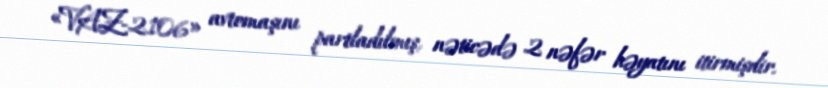
«VAZ-2106» avtomaşını partladılmış, nəticədə 2 nəfər həyatını itirmişdir.